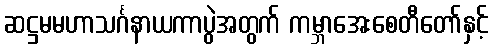
ဆဋ္ဌမမဟာသင်္ဂနာယကာပွဲအတွက် ကမ္ဘာအေးစေတီတော်နှင့်